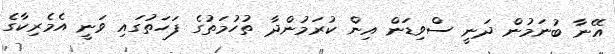
އޭނާ ބުނަމުން ދަނީ ސްވިޑަން އިން ކުރަމުންދާ ތުހުމަތުގެ ފަހަތުގައި ވަނީ އެމެރިކާގެ